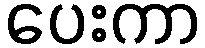
ပေးကာ